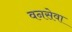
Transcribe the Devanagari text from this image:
वनसेवा